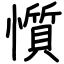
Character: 懫